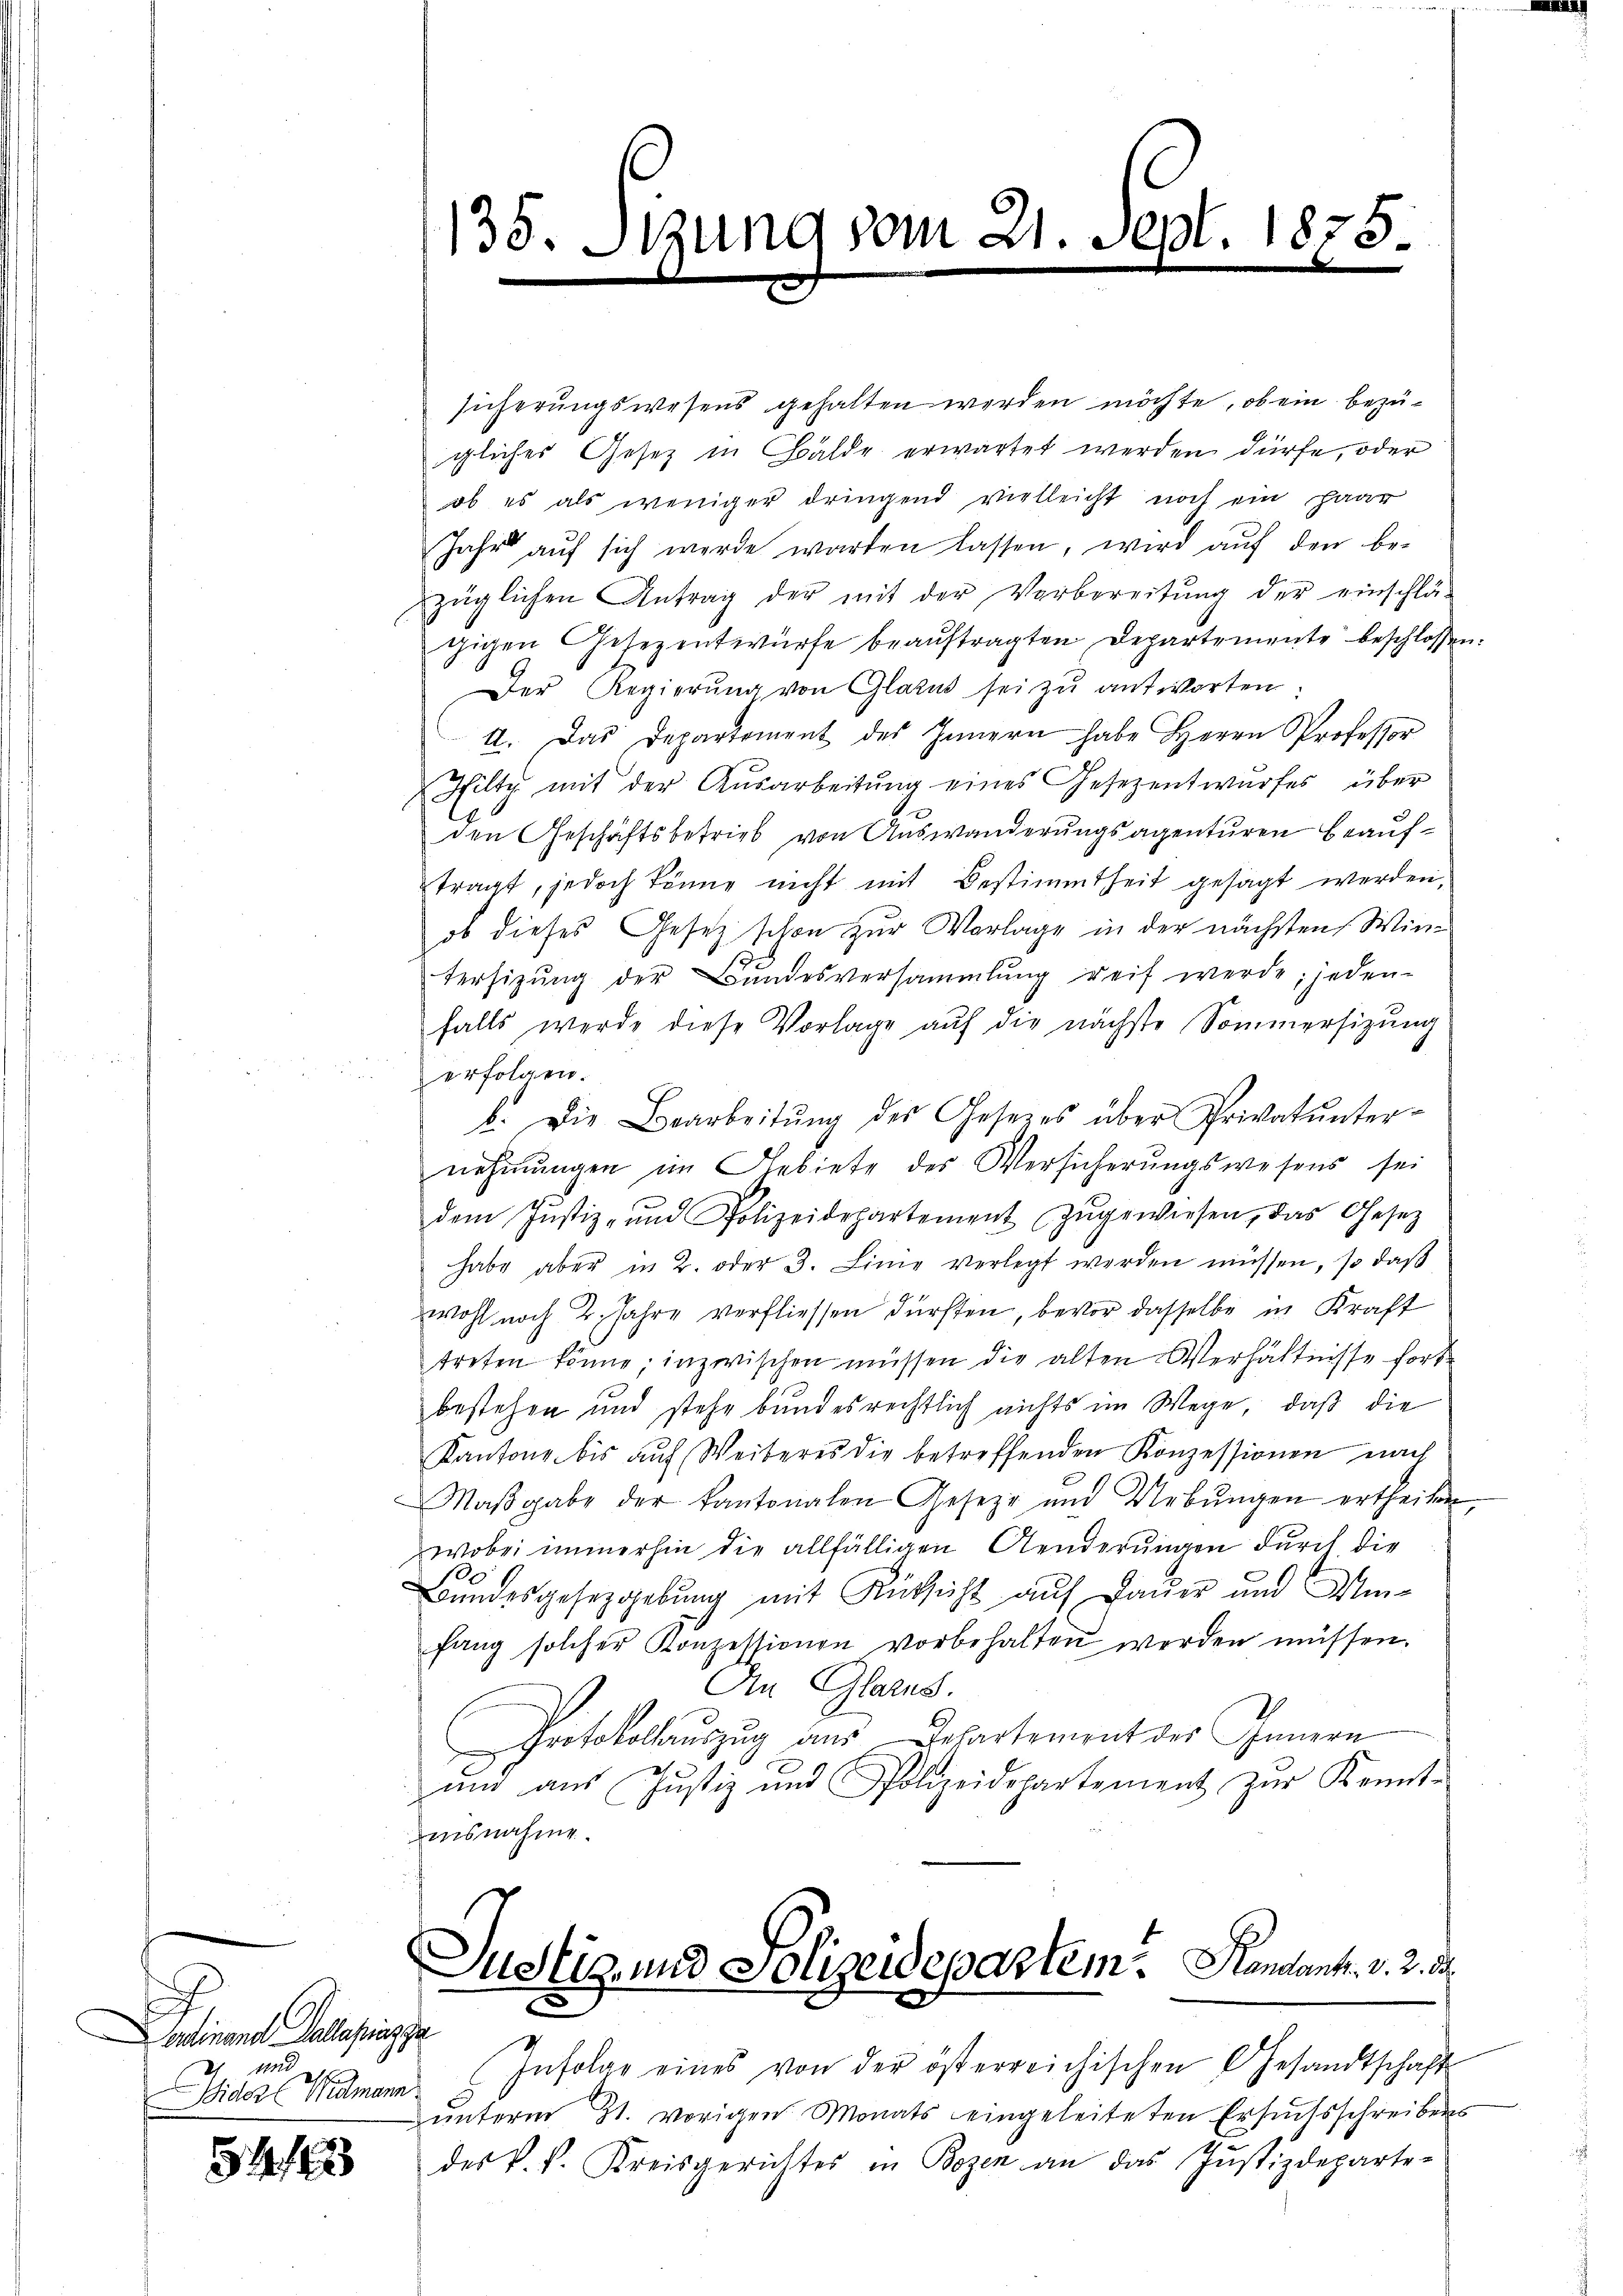
Ordinand Pallapiazza
und elte
ider Widmann

54 f

135. Sizung vom 21. Sept. 1875.

¬

sicherungswesens gehalten werden möchte, ob ein bezüigliches Gesetz in Bälde erwartet werden dürfe, oder
ob es als weniger dringend vielleicht noch ein paar
Jahr aŭf sich werde warten lassen, wird aŭf den be-
züglichen Antrag der mit der Vorbereitŭng der einschlä-
tzigen Gesezentwürfe beauftragten Departemente beschlossen:
Der Regierŭng von Glarus sei zu antworten:
4. Das Departement des Innern habe Herrn Professor
Hilty mit der Ausarbeitŭng eines Gesezentwŭrfes über
den Geschäftsbetrieb von Auswanderungsagenturen Beauftragt, jedoch könne nicht mit Bestimmtheit gesagt werden,
ob dieses Gesetz schon zur Vorlage in der nächsten Winterhitzŭng der Bŭndesversammlung reif werde; jeden-
falls werde diese Vorlage aŭf die nächste Sommersitzŭng
erfolgen.
b. Die Bearbeitŭng des Gesetzes über Privatunter-
nehmungen im Gebiete des Versicherŭngswesens sei
dem Justiz- und Polizeidepartement zŭgewiesen, das Gesetz
habe aber in 2. oder 3. Linie verlegt werden müssen, so daβ
wohl noch 2. Jahre verfliessen dürften, bevor dasselbe in Kraft
treten könne; inzwischen müssen die alten Verhältnisse fort
bestehen und stehe bundesrechtlich nichts im Wege, daß die
Kantone bis aŭf Weiteres die betreffenden Konzessionen nach
Maβgabe der kantonalen Geseze und Uebŭngen ertheilen,
wobei immerhin die allfälligen Aenderungen durch die
6
Bundesgesetzgebung mit Rüksicht auf Dauer und Um-
fang solcher Konzessionen vorbehalten werden müssen.
An Glarus.
Protokollauszug aus Departement des Innern
und aus Justiz und Polizeidepartement zŭr Kennt-
ausnahme.

Justiz- und Polizeidepartem . Handant. v. 2. d.

Infolge eines von der österreichischen Gesandtschafts
ŭnterm 21. vorigen Monats eingeleiteten Ersuchsschreibens
der k. k. Kreisgerichtes in Bozen an das Justizdeparte-